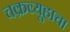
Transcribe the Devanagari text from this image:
चक्रव्यूहाचा